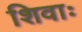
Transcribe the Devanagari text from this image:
शिवाः